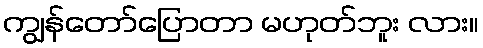
ကျွန်တော်ပြောတာ မဟုတ်ဘူး လား။